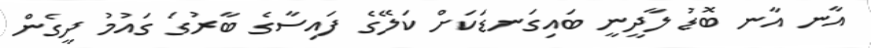
އާނ އާނ ބޮޑު ލާދީނީ ބައިގަނޑަކަށް ކަލޭގެ ފައިސާގެ ބާރުގަ ގައުމު ދީގެން